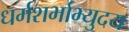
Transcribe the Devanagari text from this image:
धर्मशर्भाभ्युदय